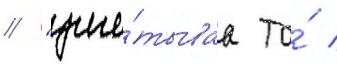
/ "учи́тываа то́ /